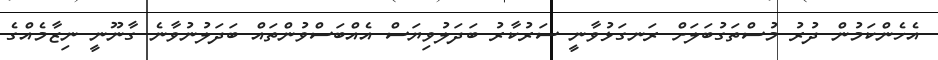
އެހެންކަމުން ދުރު މުސްތަގުބަލަށް ރަނގަޅުވާނީ ސަރުކާރު ބަދަލުވިޔަސް އެއްބަސްވުންތައް ބަދަލުނުވާނެ ގާނޫނީ ނިޒާމެއްގެ